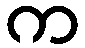
က